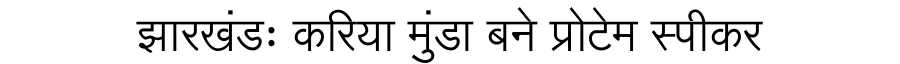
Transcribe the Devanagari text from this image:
झारखंडः करिया मुंडा बने प्रोटेम स्पीकर